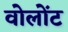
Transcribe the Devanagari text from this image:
वोलोंट